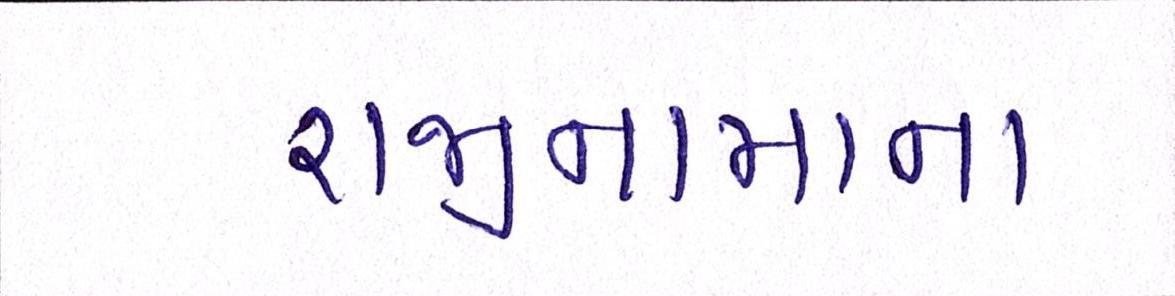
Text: રાજીનામાના